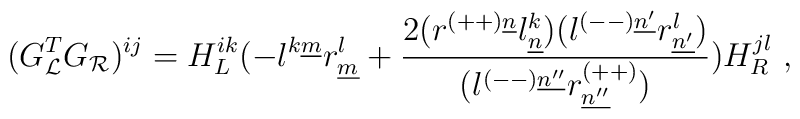
(G^T_{{\cal L}}G_{{\cal R}})^{ij} = H^{ik}_{L}(-  l^{k\underline{m}} r^l_{\underline{m}}+ {2(r^{(++)\underline{n}} l^k_{\underline{n}})(l^{(--)\underline{n'}} r^l_{\underline{n'}})\over(l^{(--)\underline{n''}} r^{(++)}_{\underline{n''}}) } )  H^{jl}_{R}~,